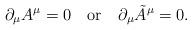
LaTeX: \begin{align*}\partial_\mu A^\mu = 0\quad {\rm or} \quad \partial_\mu \tilde{A}^\mu = 0.\end{align*}